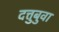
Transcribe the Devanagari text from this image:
दत्तुबुवा